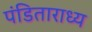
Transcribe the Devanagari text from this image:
पंडिताराध्य